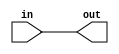
module blocking_cond (in, out);

input in;
output reg out;
reg tmp;

always @* begin
	tmp = 1;
	out = 1'b0;
	case (1'b1)
		tmp: out = in;
	endcase
	tmp = 0;
end

endmodule